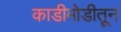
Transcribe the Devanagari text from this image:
काडीमोडीतून